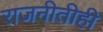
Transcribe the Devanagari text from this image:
राजनीतीही